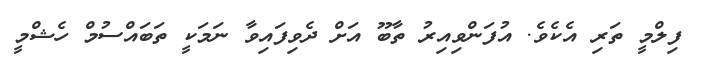
ފިލްމީ ތަރި އެކެވެ. އުފަންވިއިރު ތާބޫ އަށް ދެވިފައިވާ ނަމަކީ ތަބައްސުމް ހެޝްމީ